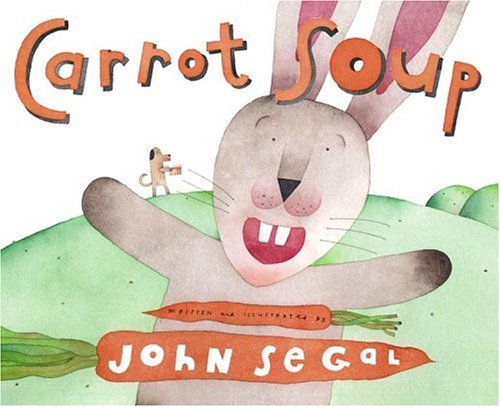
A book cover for Carrot Soup; John Segal; Children's Books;